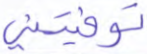
توفيتني